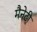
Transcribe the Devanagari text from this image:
मैनेटी